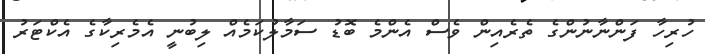
ހުރިހާ ފަންނާނުންގެ ތެރެއިން ވެސް އެންމެ ބޮޑު ސަމާލުކަމެއް ލިބުނީ އެމެރިކާގެ އެކްޓަރު